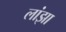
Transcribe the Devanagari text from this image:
लांझा